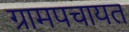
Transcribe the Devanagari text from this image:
ग्रामपचायत